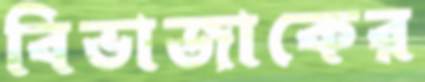
বিভাজাকের